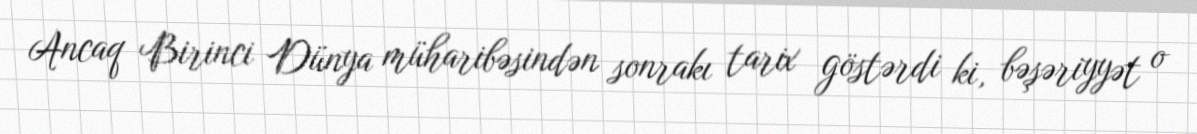
Ancaq Birinci Dünya müharibəsindən sonrakı tarix göstərdi ki, bəşəriyyət o